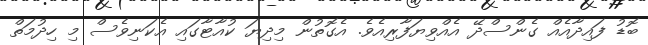
ބޮޑު ފައިދާއެއް ގެންސްދޭ އެއްވިޔަފާރިއެވެ. އެގޮތުން މިދިޔަ ކުއާޓާގައި އެކަނިވެސް މި ހިދުމަތް